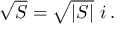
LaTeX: { \sqrt { S } } = { \sqrt { \vert S \vert } } \, \, i \, .